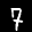
Label: 7